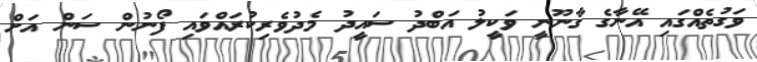
ވަގުތެއްގައި އޭނާގެ ގާނޫނީ ވަކީލު އަބްދު ސައީދު މެދުވެރިކުރައްވައި ފޯނުން ސަން އަށް